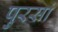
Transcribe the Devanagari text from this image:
पुरसां